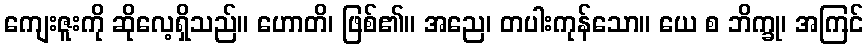
ကျေးဇူးကို ဆိုလေ့ရှိသည်။ ဟောတိ၊ ဖြစ်၏။ အညေ၊ တပါးကုန်သော။ ယေ စ ဘိက္ခု၊ အကြင်